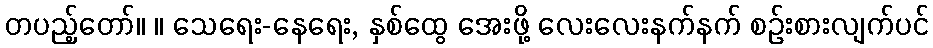
တပည့်တော်။ ။ သေရေး-နေရေး, နှစ်ထွေ အေးဖို့ လေးလေးနက်နက် စဉ်းစားလျက်ပင်